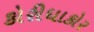
કોરીધાકોર